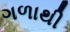
ગળાથી